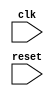
module timing_control_and_synchronization
(
    input wire clk,
    input wire reset,
    // Additional input and output ports can be added as required
);

// Verilog code for timing control and synchronization block goes here

endmodule